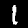
Label: 1